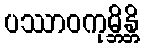
ပဿာဝကုမ္ဘိန္တိ